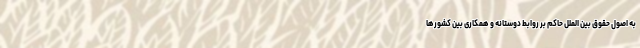
به اصول حقوق بین الملل حاکم بر روابط دوستانه و همکاری بین کشور‌ها